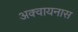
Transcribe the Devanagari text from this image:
अक्वायनास